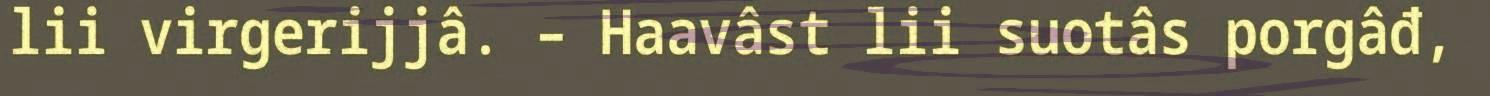
lii virgerijjâ. – Haavâst lii suotâs porgâđ,